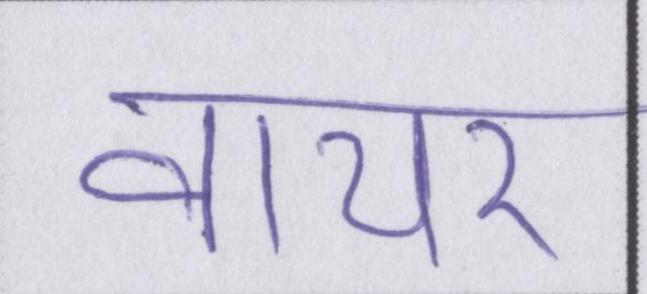
वायर